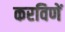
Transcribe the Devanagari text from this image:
करविणें